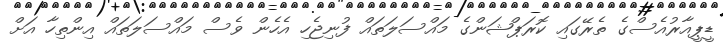
ޑީޕީއާރުއެސްގެ ތެރޭގައި ކޮރަޕްޝަންގެ މައްސަލަތައް ފުނިޖެހި އެހެން ވެސް މައްސަލަތައް އިންތިހާ އަށް